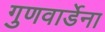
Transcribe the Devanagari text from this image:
गुणवार्डेना